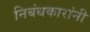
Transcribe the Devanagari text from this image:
निबंधकारांनी